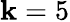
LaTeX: \mathbf{k}=5